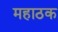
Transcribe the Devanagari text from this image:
महाठक